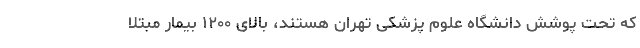
که تحت پوشش دانشگاه علوم پزشکی تهران هستند، بالای ۱۲۰۰ بیمار مبتلا